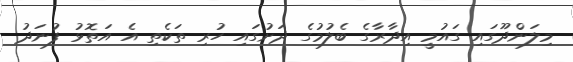
މިލަންދޫގައި ގައުމީ އިިދާރާގެ ބެލުމުގެ ދަށުގައި ހުރި ތަކެތި އެ އަތޮޅު ފުނަދު